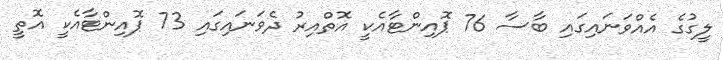
ލީގުގެ އެއްވަނައިގައި ބާސާ 76 ޕޮއިންޓާއެކީ އޮތްއިރު ދެވަނައިގައި 73 ޕޮއިންޓާއެކީ އޮތީ